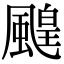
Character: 䬖